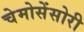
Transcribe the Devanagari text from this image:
चेमोसेंसोरी